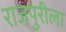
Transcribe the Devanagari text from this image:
राजपुरीला